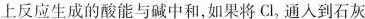
上反应生成的酸能与碱中和，如果将C1_{2}通人到石灰